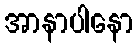
အာနာပါနော